画像に写った文字を読んでください
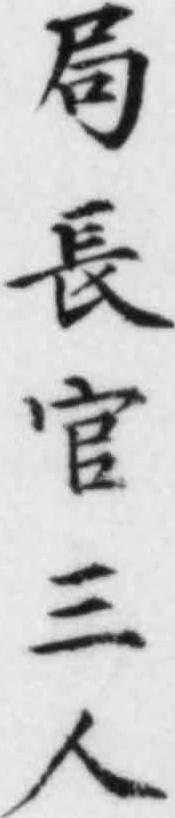
「局長官三人」と書いてあります